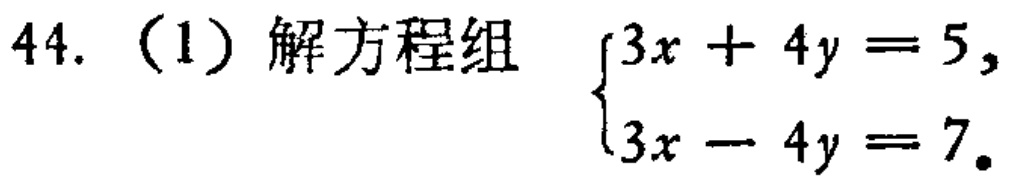
44.（1）解方程组 $\begin{cases}3x + 4y = 5,\\3x - 4y = 7。\end{cases}$